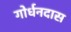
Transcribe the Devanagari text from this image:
गोर्धनदास